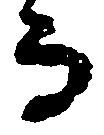
而